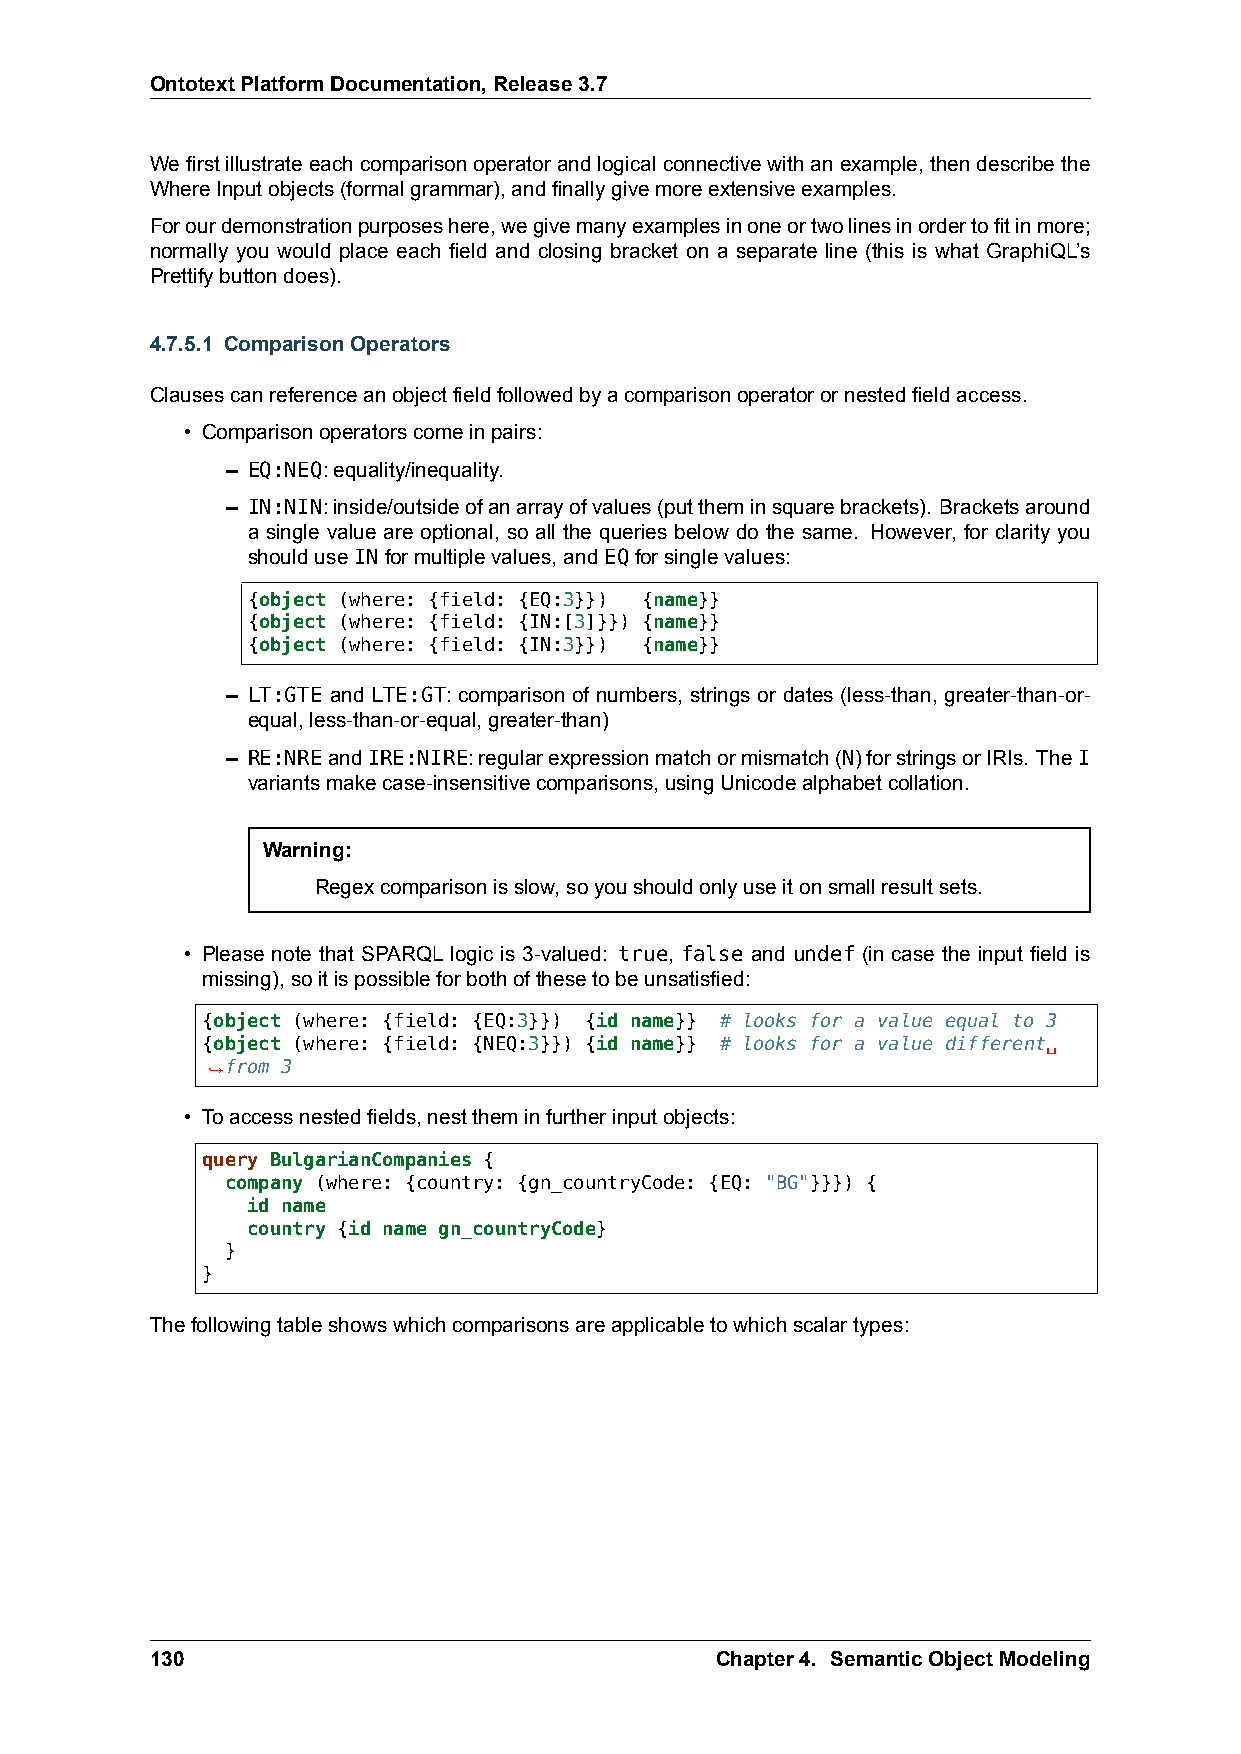
OntotextPlatformDocumentation,Release3.7
 Wefirstillustrateeachcomparisonoperatorandlogicalconnectivewithanexample,thendescribethe
 WhereInputobjects(formalgrammar),andfinallygivemoreextensiveexamples.
 Forourdemonstrationpurposeshere,wegivemanyexamplesinoneortwolinesinordertofitinmore;
 normally you would place each field and closing bracket on a separate line (this is what GraphiQL’s
 Prettifybuttondoes).
 4.7.5.1 ComparisonOperators
 Clausescanreferenceanobjectfieldfollowedbyacomparisonoperatorornestedfieldaccess.
 • Comparisonoperatorscomeinpairs:
 – EQ:NEQ:equality/inequality.
 – IN:NIN:inside/outsideofanarrayofvalues(puttheminsquarebrackets). Bracketsaround
 a single value are optional, so all the queries below do the same. However, for clarity you
 shoulduseINformultiplevalues,andEQforsinglevalues:
 {object (where: {field: {EQ:3}}) {name}}
 {object (where: {field: {IN:[3]}}) {name}}
 {object (where: {field: {IN:3}}) {name}}
 – LT:GTE and LTE:GT: comparison of numbers, strings or dates (less-than, greater-than-or-
 equal,less-than-or-equal,greater-than)
 – RE:NREandIRE:NIRE:regularexpressionmatchormismatch(N)forstringsorIRIs. TheI
 variantsmakecase-insensitivecomparisons,usingUnicodealphabetcollation.
 Warning:
 Regexcomparisonisslow,soyoushouldonlyuseitonsmallresultsets.
 • Please note that SPARQL logic is 3-valued: true, false and undef (in case the input field is
 missing),soitispossibleforbothofthesetobeunsatisfied:
 {object (where: {field: {EQ:3}}) {id name}} # looks for a value equal to 3
 {object (where: {field: {NEQ:3}}) {id name}} # looks for a value different␣
 ,→from 3
 • Toaccessnestedfields,nesttheminfurtherinputobjects:
 query BulgarianCompanies {
 company (where: {country: {gn_countryCode: {EQ: "BG"}}}) {
 id name
 country {id name gn_countryCode}
 }
 }
 Thefollowingtableshowswhichcomparisonsareapplicabletowhichscalartypes:
 130                                  Chapter4. SemanticObjectModeling